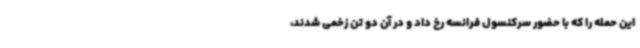
این حمله را که با حضور سرکنسول فرانسه رخ داد و در آن دو تن زخمی شدند،